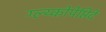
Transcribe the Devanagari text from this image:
ग्ल्य्कोपेप्तिदे